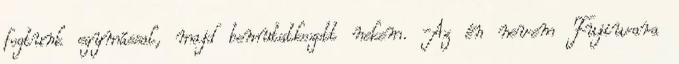
fogtunk egymással, majd bemutatkozott nekem. -Az én nevem Fujiwara